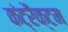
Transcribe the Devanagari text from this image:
कंट्रैक्टम